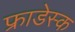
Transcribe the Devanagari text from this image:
फ्राडेस्क